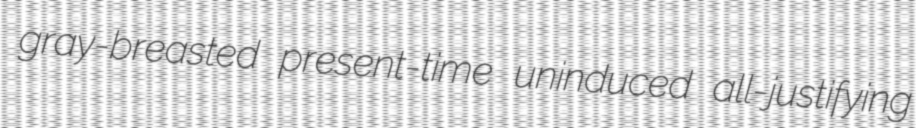
gray-breasted present-time uninduced all-justifying